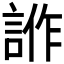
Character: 𧧻